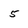
Character: 5